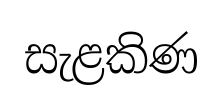
සැළකිණ